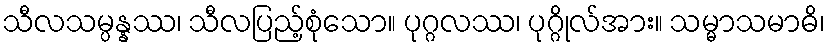
သီလသမ္ပန္နဿ၊ သီလပြည့်စုံသော။ ပုဂ္ဂလဿ၊ ပုဂ္ဂိုလ်အား။ သမ္မာသမာဓိ၊